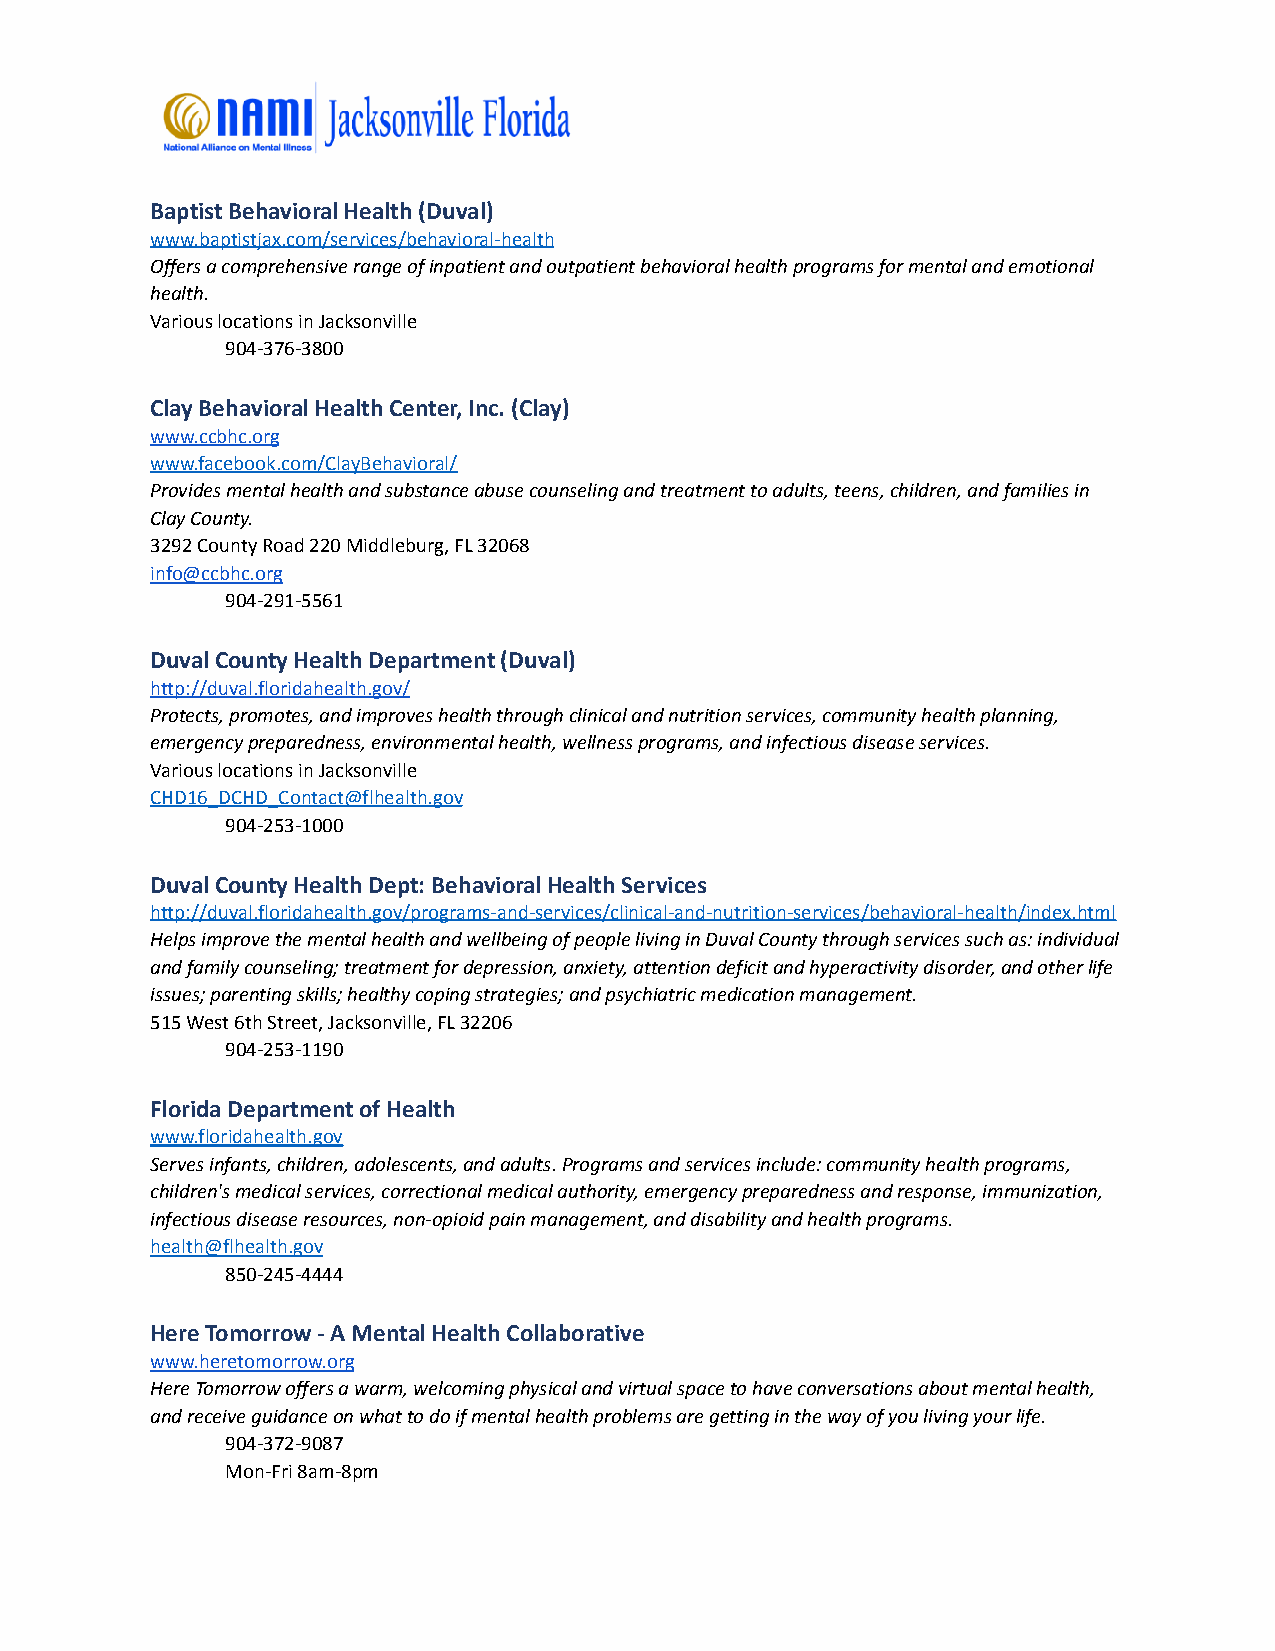
Baptist Behavioral Health (Duval)
 www.baptistjax.com/services/behavioral-health
 Offers a comprehensive range of inpatient and outpatient behavioral health programs for mental and emotional
 health.
 Various locations in Jacksonville
 904-376-3800
 Clay Behavioral Health Center, Inc. (Clay)
 www.ccbhc.org
 www.facebook.com/ClayBehavioral/
 Provides mental health and substance abuse counseling and treatment to adults, teens, children, and families in
 Clay County.
 3292 County Road 220 Middleburg, FL 32068
 info@ccbhc.org
 904-291-5561
 Duval County Health Department (Duval)
 http://duval.floridahealth.gov/
 Protects, promotes, and improves health through clinical and nutrition services, community health planning,
 emergency preparedness, environmental health, wellness programs, and infectious disease services.
 Various locations in Jacksonville
 CHD16_DCHD_Contact@flhealth.gov
 904-253-1000
 Duval County Health Dept: Behavioral Health Services
 http://duval.floridahealth.gov/programs-and-services/clinical-and-nutrition-services/behavioral-health/index.html
 Helps improve the mental health and wellbeing of people living in Duval County through services such as: individual
 and family counseling; treatment for depression, anxiety, attention deficit and hyperactivity disorder, and other life
 issues; parenting skills; healthy coping strategies; and psychiatric medication management.
 515 West 6th Street, Jacksonville, FL 32206
 904-253-1190
 Florida Department of Health
 www.floridahealth.gov
 Serves infants, children, adolescents, and adults. Programs and services include: community health programs,
 children's medical services, correctional medical authority, emergency preparedness and response, immunization,
 infectious disease resources, non-opioid pain management, and disability and health programs.
 health@flhealth.gov
 850-245-4444
 Here Tomorrow - A Mental Health Collaborative
 www.heretomorrow.org
 Here Tomorrow offers a warm, welcoming physical and virtual space to have conversations about mental health,
 and receive guidance on what to do if mental health problems are getting in the way of you living your life.
 904-372-9087
 Mon-Fri 8am-8pm